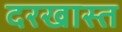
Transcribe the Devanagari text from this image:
दरखास्त